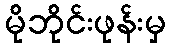
မိုဘိုင်းဖုန်းမှ